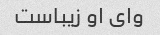
وای او زیباست